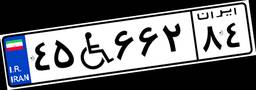
۴۵W۶۶۲۸۴